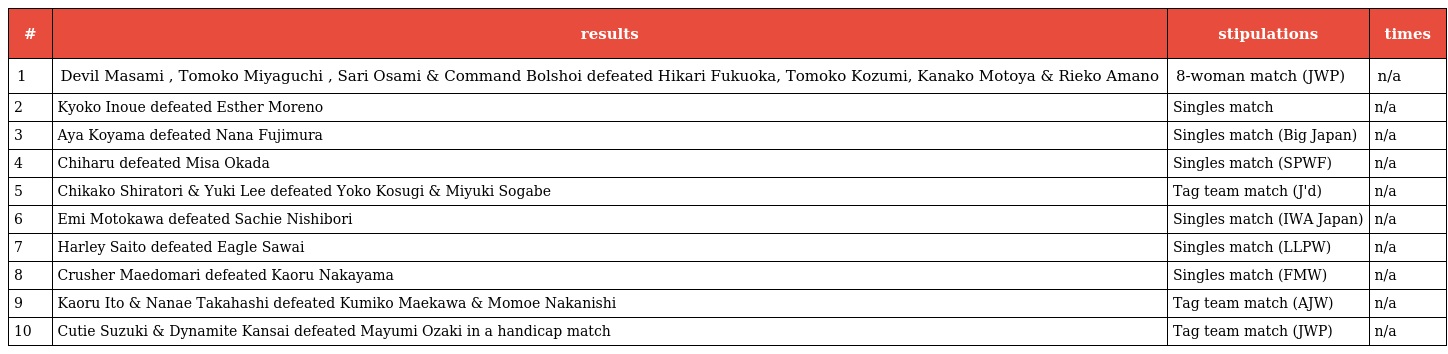
| # | results | stipulations | times |
 | --- | --- | --- | --- |
 | 1 | Devil Masami , Tomoko Miyaguchi , Sari Osami & Command Bolshoi defeated Hikari Fukuoka, Tomoko Kozumi, Kanako Motoya & Rieko Amano | 8-woman match (JWP) | n/a |
 | 2 | Kyoko Inoue defeated Esther Moreno | Singles match | n/a |
 | 3 | Aya Koyama defeated Nana Fujimura | Singles match (Big Japan) | n/a |
 | 4 | Chiharu defeated Misa Okada | Singles match (SPWF) | n/a |
 | 5 | Chikako Shiratori & Yuki Lee defeated Yoko Kosugi & Miyuki Sogabe | Tag team match (J'd) | n/a |
 | 6 | Emi Motokawa defeated Sachie Nishibori | Singles match (IWA Japan) | n/a |
 | 7 | Harley Saito defeated Eagle Sawai | Singles match (LLPW) | n/a |
 | 8 | Crusher Maedomari defeated Kaoru Nakayama | Singles match (FMW) | n/a |
 | 9 | Kaoru Ito & Nanae Takahashi defeated Kumiko Maekawa & Momoe Nakanishi | Tag team match (AJW) | n/a |
 | 10 | Cutie Suzuki & Dynamite Kansai defeated Mayumi Ozaki in a handicap match | Tag team match (JWP) | n/a |